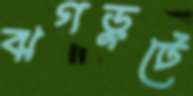
ঝগড়ুটে